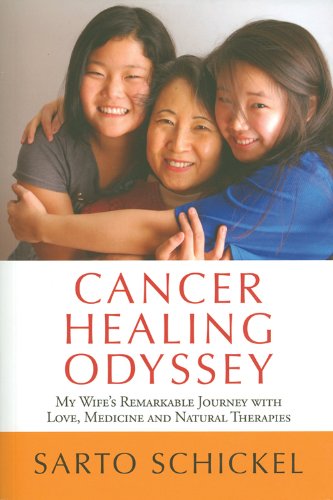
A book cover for Cancer Healing Odyssey: My Wife's Remarkable Journey with Love, Medicine and Natural Therapies; Sarto Schickel; Health, Fitness & Dieting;